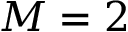
M = 2